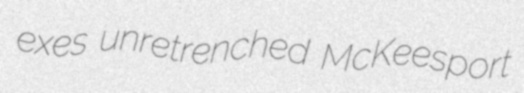
exes unretrenched McKeesport